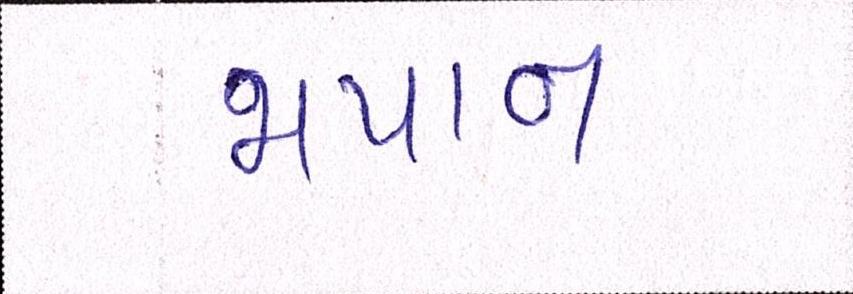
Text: જાપાનઃ